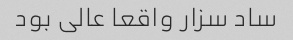
ساد سزار واقعا عالی بود